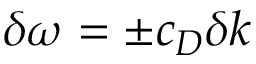
\delta \omega = \pm c _ { D } \delta k